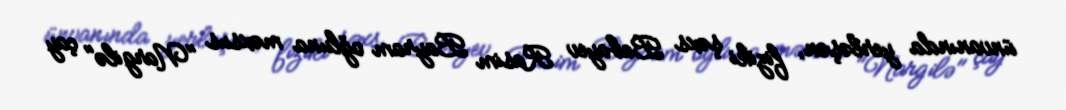
ünvanında yerləşən, fiziki şəxs Babayev Rasim Bayram oğluna məxsus "Nargilə" çay